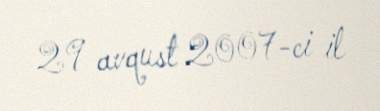
29 avqust 2007-ci il